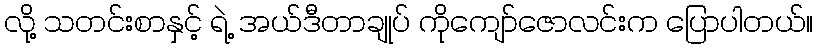
လို့ သတင်းစာနှင့် ရဲ့ အယ်ဒီတာချုပ် ကိုကျော်ဇောလင်းက ပြောပါတယ်။